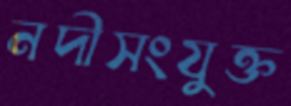
নদীসংযুক্ত